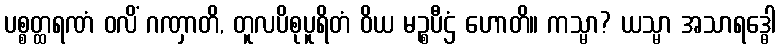
ပစ္စတ္ထရဏံ ဝလိံ ဂဏှာတိ, တူလပိစုပူရိတံ ဝိယ မဉ္စပီဌံ ဟောတိ။ ကသ္မာ? ယသ္မာ အသာရဒ္ဓေါ